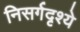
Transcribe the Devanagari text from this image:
निसर्गदृश्ये